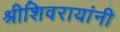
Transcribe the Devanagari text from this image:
श्रीशिवरायांनी